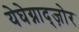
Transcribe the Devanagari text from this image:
येघेग्नाद्ज़ोर